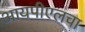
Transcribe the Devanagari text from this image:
आयपीएलचा